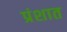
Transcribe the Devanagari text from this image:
प्रंशात